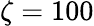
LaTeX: \zeta=100